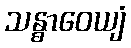
သန္ဓာဝေယျံ